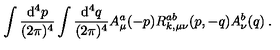
\int \frac { \mathrm { d } ^ { 4 } p } { ( 2 \pi ) ^ { 4 } } \int \frac { \mathrm { d } ^ { 4 } q } { ( 2 \pi ) ^ { 4 } } A _ { \mu } ^ { a } ( - p ) R _ { k , \mu \nu } ^ { a b } ( p , - q ) A _ { \nu } ^ { b } ( q ) \: .